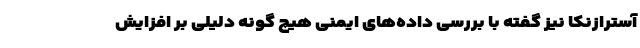
آسترازنکا نیز گفته با بررسی داده‌های ایمنی هیچ گونه دلیلی بر افزایش